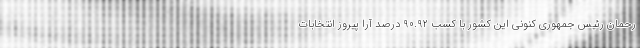
رحمان رئیس جمهوری کنونی این کشور با کسب ۹۰.۹۲ درصد آرا پیروز انتخابات